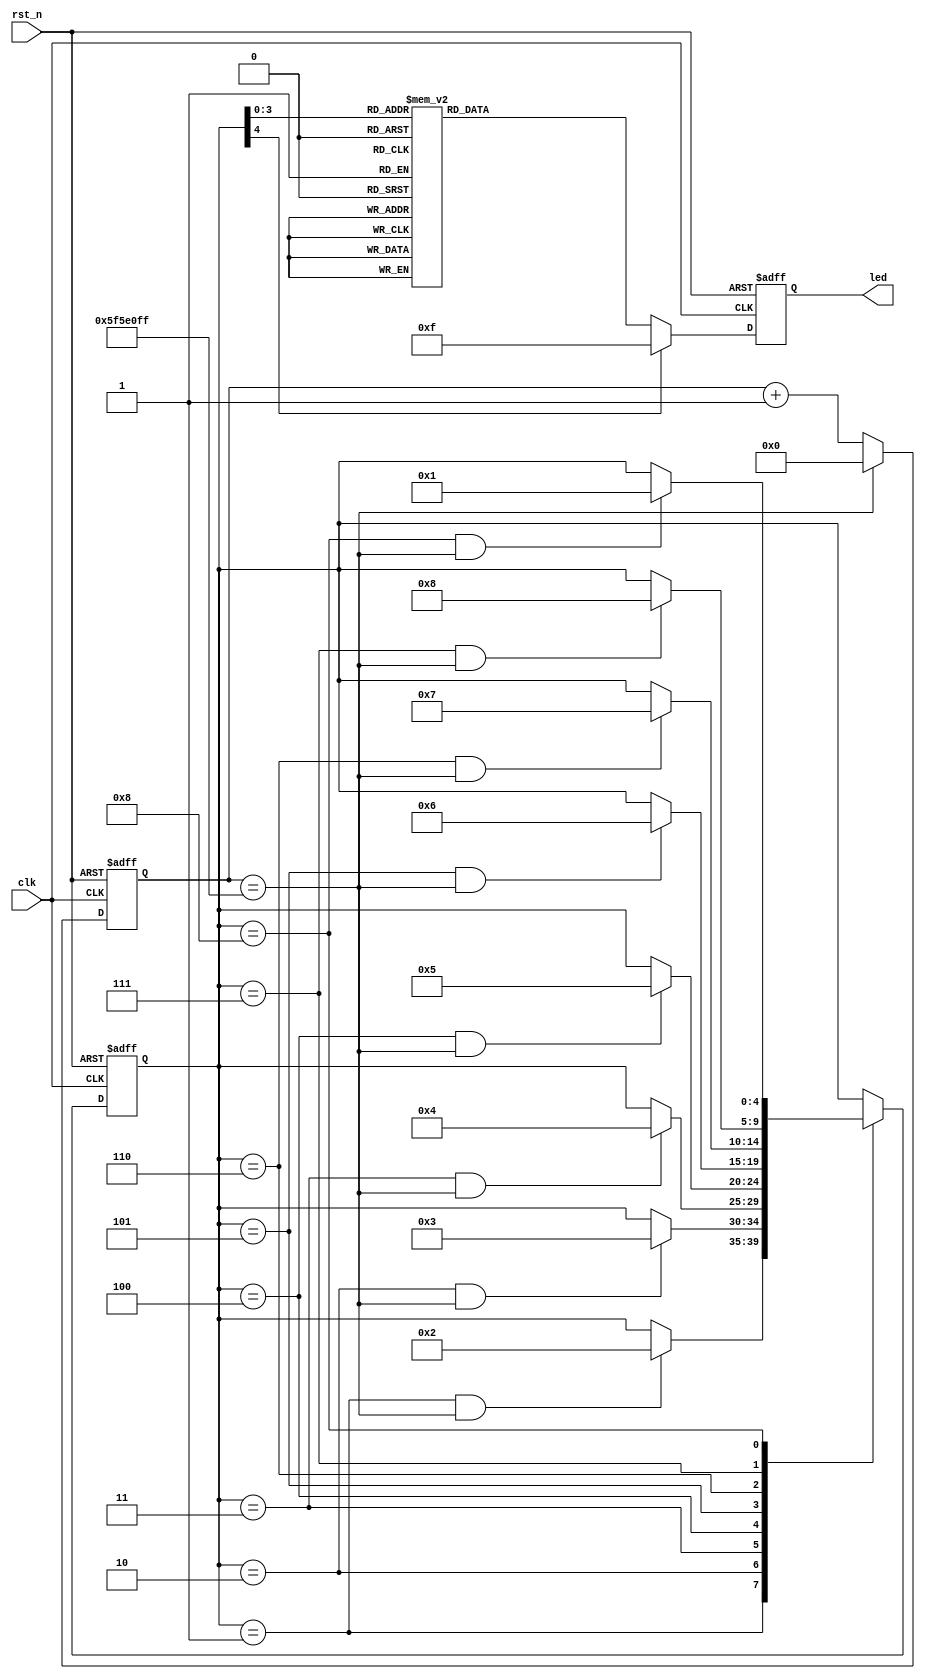
module fsm_led#(parameter TIME_2S = 100_000_000) (

    input               clk     ,
    input               rst_n   ,
    output  reg [3:0]   led

);

    //
    parameter IDLE = 4'd1,      //
              D1   = 4'd2,
              D2   = 4'd3,
              D3   = 4'd4,
              D4   = 4'd5,
              D5   = 4'd6,
              D6   = 4'd7,
              D7   = 4'd8;

    //
    wire            idle2d1 ;        //2 -> to idled1
    wire            d12d2   ;
    wire            d22d3   ;
    wire            d32d4   ;
    wire            d42d5   ;
    wire            d52d6   ;
    wire            d62d7   ;
    wire            d72idle ;

    //
    reg     [4:0]   state_c;
    reg     [4:0]   state_n;

    //2S
    reg [26:0] cnt;
    wire add_cnt;
    wire end_cnt;

    always @(posedge clk or negedge rst_n)begin
        
        if(!rst_n)
            cnt <= 26'd0;
        else if(add_cnt)
            if(end_cnt)
                cnt <= 26'd0;
            else
                cnt <= cnt + 1'b1;
        else
            cnt <= 26'd0;

    end

    assign add_cnt = 1'b1;
    assign end_cnt = add_cnt && cnt == TIME_2S - 1;

    //     
    always @(posedge clk or negedge rst_n)begin

        if(!rst_n)
            state_c <= IDLE;        // 
        else
            state_c <= state_n;     //

    end

    //     
    always @(*)begin
        
        case(state_c)   //  

            IDLE    :   if(idle2d1)
                            state_n = D1;
                        else
                            state_n = state_c;
            D1      :   if(d12d2)
                            state_n = D2;
                        else
                            state_n = state_c;
            D2      :   if(d22d3)
                            state_n = D3;
                        else
                            state_n = state_c;
            D3      :   if(d32d4)
                            state_n = D4;
                        else
                            state_n = state_c;
            D4      :   if(d42d5)
                            state_n = D5;
                        else
                            state_n = state_c;
            D5      :   if(d52d6)
                            state_n = D6;
                        else
                            state_n = state_c;
            D6      :   if(d62d7)
                            state_n = D7;
                        else
                            state_n = state_c;
            D7      :   if(d72idle)
                            state_n = IDLE;
                        else
                            state_n = state_c;
            default :   state_n = state_c;

        endcase

    end

    assign idle2d1 = state_c == IDLE    &&  end_cnt;    //IDLE2S
    assign d12d2   = state_c == D1      &&  end_cnt;
    assign d22d3   = state_c == D2      &&  end_cnt;
    assign d32d4   = state_c == D3      &&  end_cnt;
    assign d42d5   = state_c == D4      &&  end_cnt;
    assign d52d6   = state_c == D5      &&  end_cnt;
    assign d62d7   = state_c == D6      &&  end_cnt;
    assign d72idle = state_c == D7      &&  end_cnt;

    //          
    always @(posedge clk or negedge rst_n)begin
        
        if(!rst_n)

            led <= 4'b1111;

        else
            //
            // case(state_c)

            //     IDLE    :   led <= 4'b0000;
            //     D1      :   led <= 4'b0001;
            //     D2      :   led <= 4'b0010;
            //     D3      :   led <= 4'b0100;  
            //     D4      :   led <= 4'b1000;
            //     default :   led <= 4'b1111;

            // endcase

            //
            case(state_c)

                IDLE    :   led <= 4'b0000;
                D1      :   led <= 4'b0001;
                D2      :   led <= 4'b0011;
                D3      :   led <= 4'b0111;
                D4      :   led <= 4'b1111;
                D5      :   led <= 4'b1110;
                D6      :   led <= 4'b1100;
                D7      :   led <= 4'b1000;
                default :   led <= 4'b1111;

            endcase

    end

endmodule